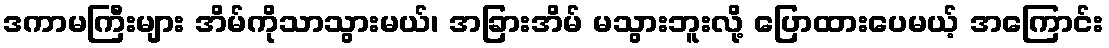
ဒကာမကြီးများ အိမ်ကိုသာသွားမယ်၊ အခြားအိမ် မသွားဘူးလို့ ပြောထားပေမယ့် အကြောင်း